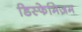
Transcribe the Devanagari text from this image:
डिस्फेमिज़म